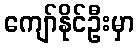
ကျော်နိုင်ဦးမှာ